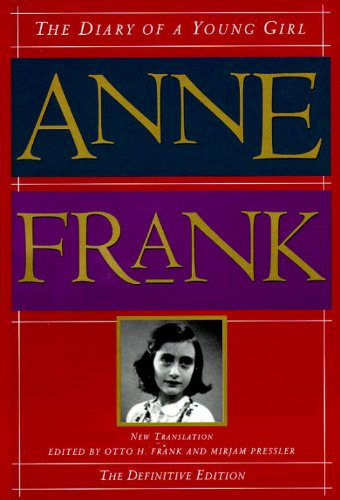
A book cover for The Diary of a Young Girl: The Definitive Edition; Anne Frank; Biographies & Memoirs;